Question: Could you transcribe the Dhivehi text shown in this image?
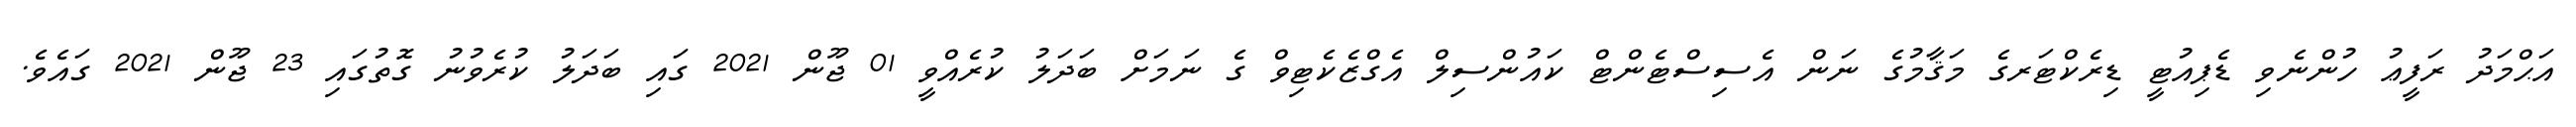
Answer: އަޙްމަދު ރަފީޢު ހުންނެވި ޑެޕިއުޓީ ޑިރެކްޓަރގެ މަޤާމުގެ ނަން އެސިސްޓެންޓް ކައުންސިލް އެގްޒެކެޓިވް ގެ ނަމަށް ބަދަލު ކުރެއްވީ 01 ޖޫން 2021 ގައި ބަދަލު ކުރެވުނު ގޮތުގައި 23 ޖޫން 2021 ގައެވެ.